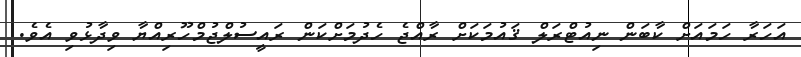
އަހަރާ ހަމައަށް ކާބަން ނިއުޓްރަލް ޤައުމަކަށް ރާއްޖެ ހެދުމަށްކަން ރައީސުލްޖުމްހޫރިއްޔާ ވިދާޅުވި އެވެ.